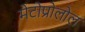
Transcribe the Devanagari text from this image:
मेटोप्रोलोल